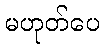
မဟုတ်ပေ